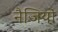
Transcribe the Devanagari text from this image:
नैजियो